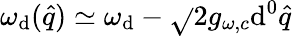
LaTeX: \omega_{\mathrm{d}}(\hat{{q}})\simeq\omega_{\mathrm{d}}-\sqrt{}{{2}}g_{\omega,c}\mathrm{d}^{0}\hat{{q}}